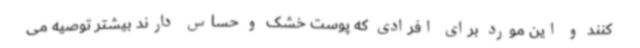
کنند و این مورد برای افرادی که پوست خشک و حساس دارند بیشتر توصیه می